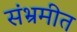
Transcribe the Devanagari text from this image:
संभ्रमीत